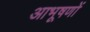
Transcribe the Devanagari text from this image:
आभूषणों